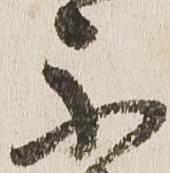
不